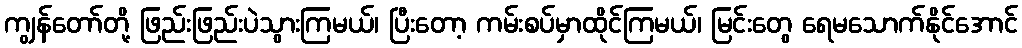
ကျွန်တော်တို့ ဖြည်းဖြည်းပဲသွားကြမယ်၊ ပြီးတော့ ကမ်းစပ်မှာထိုင်ကြမယ်၊ မြင်းတွေ ရေမသောက်နိုင်အောင်